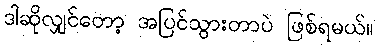
ဒါဆိုလျှင်တော့ အပြင်သွားတာပဲ ဖြစ်ရမယ်။